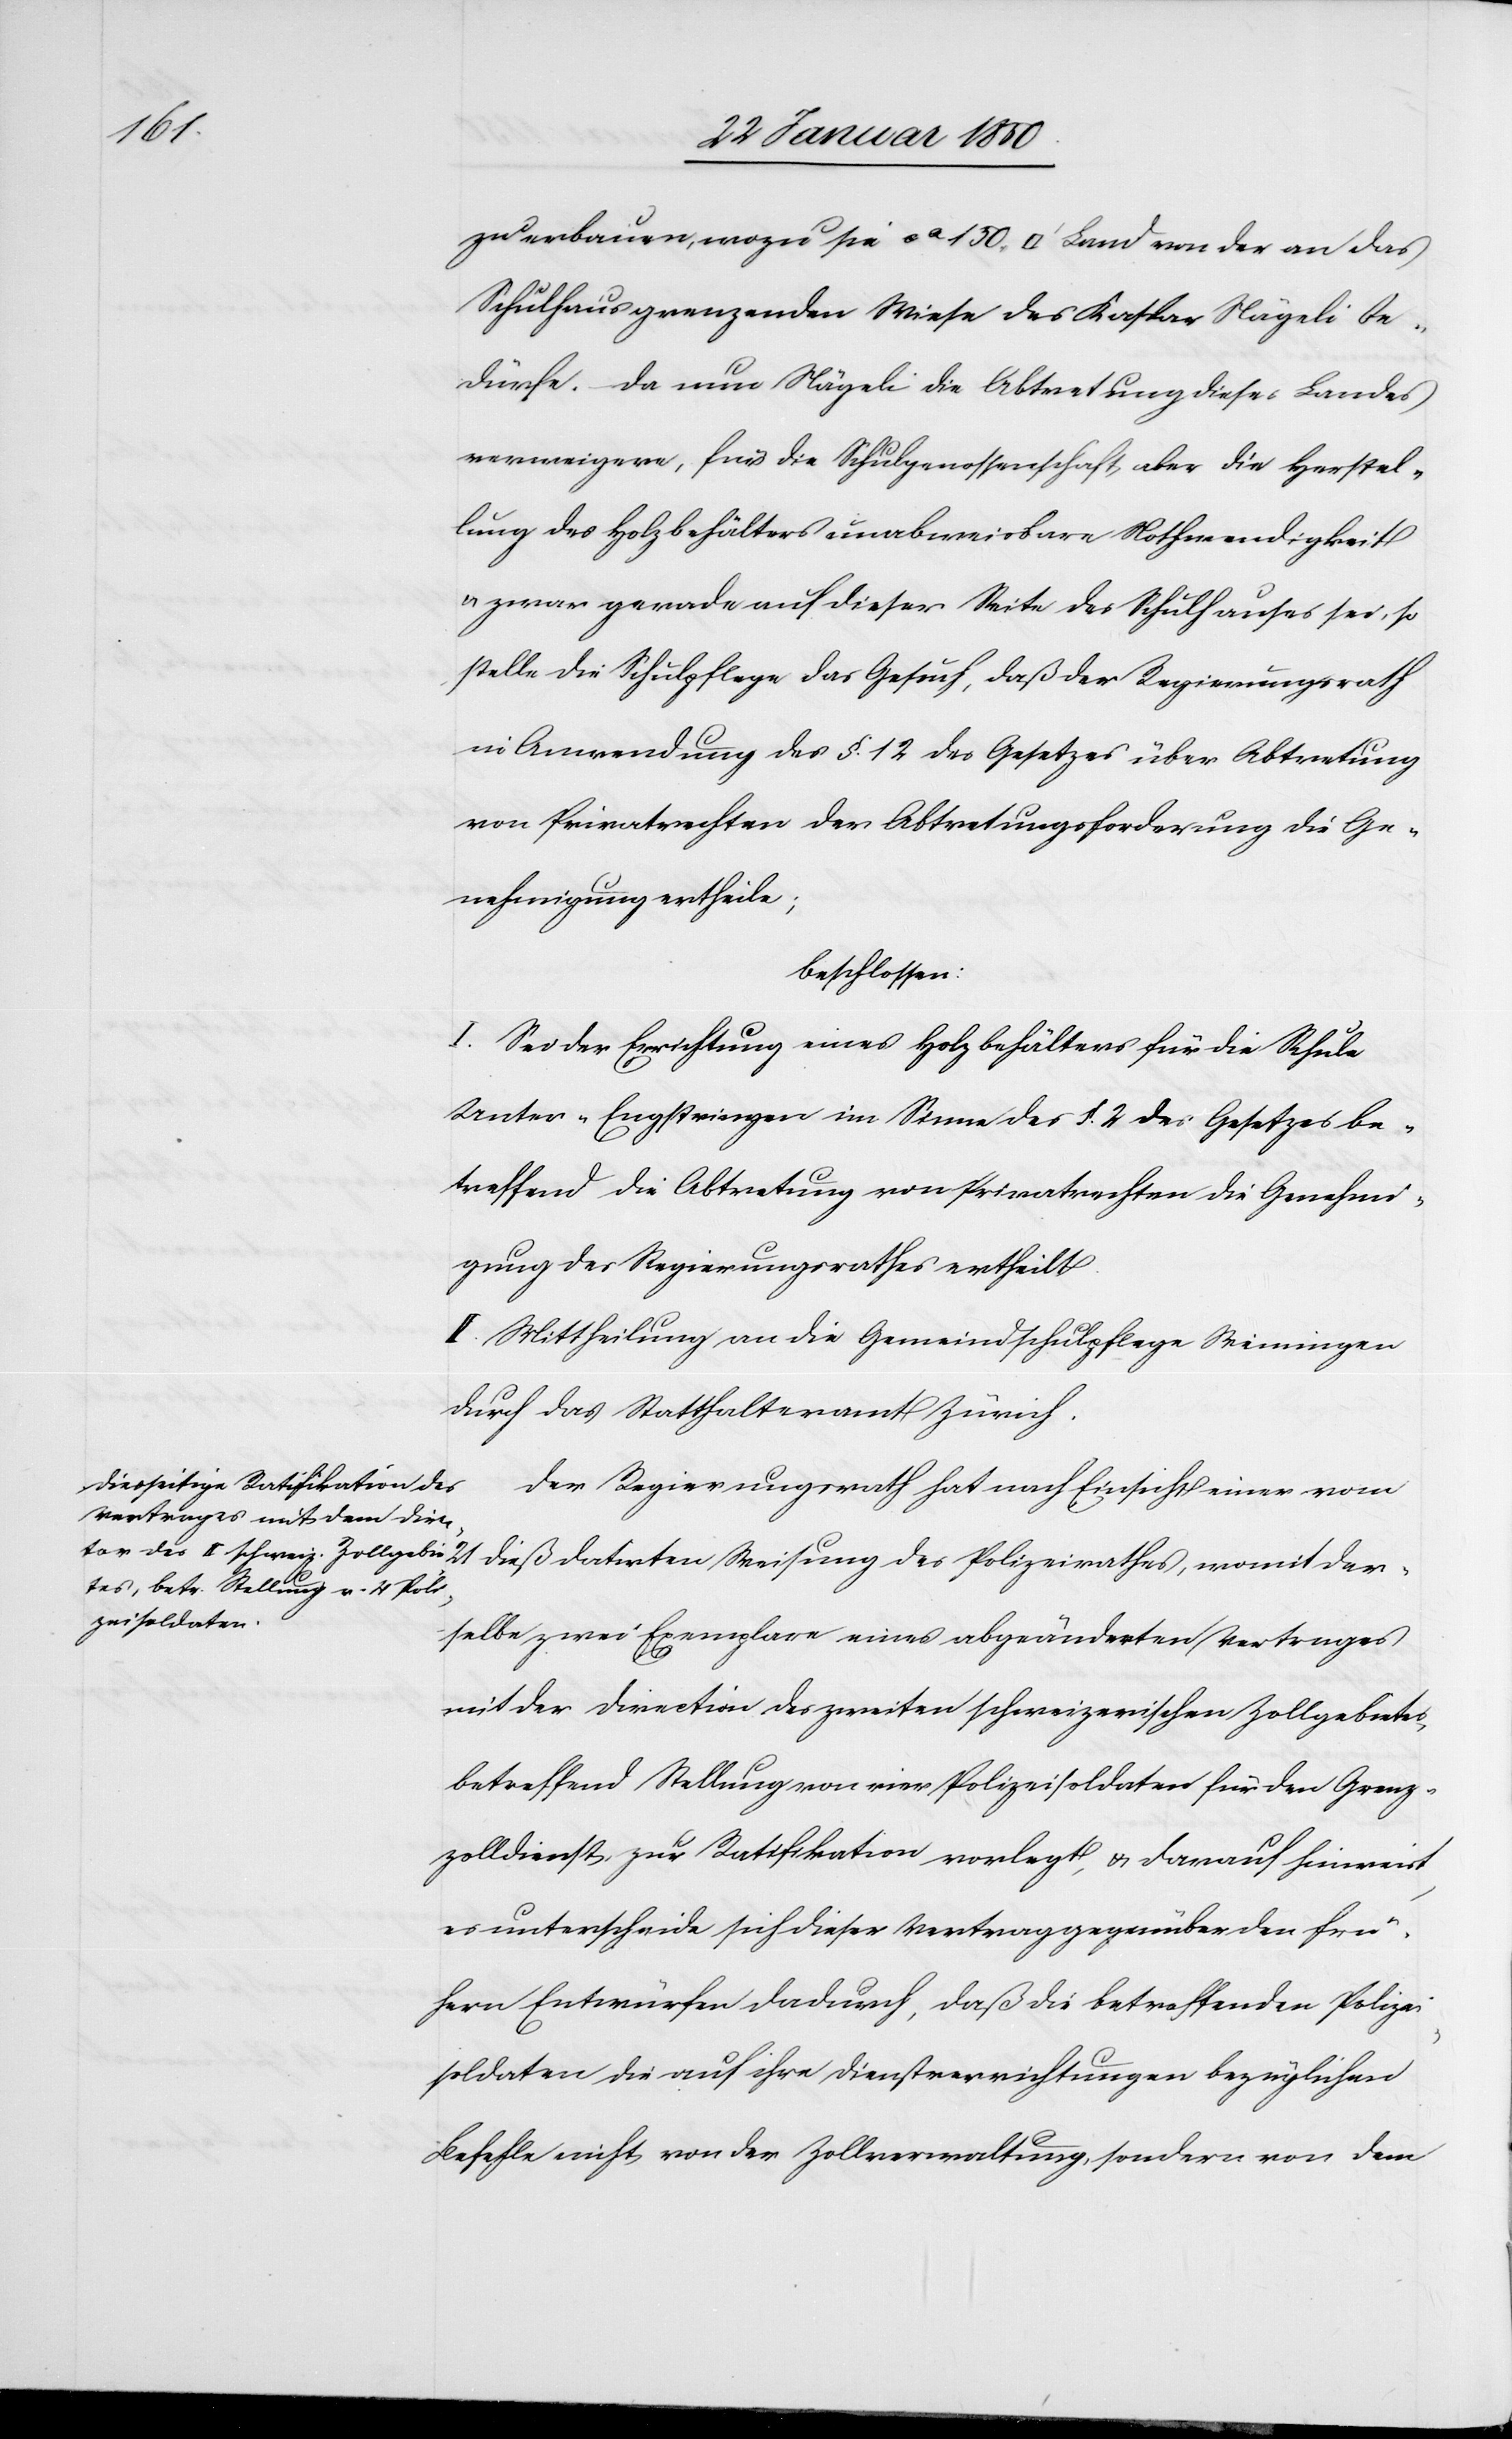
der¬

zu erbauen, wozu sie ca 150 [Quadratfuss] Land von der an das
Schulhaus grenzenden Wiese des Kaspar Nägeli be¬
dürfe. Da nun Nägeli die Abtretung dieses Landes
verweigere, für die Schulgenossenschaft, aber die Herstel¬
lung des Holzbehälters unabweisbare Nothwendigkeit
u. zwar gerade auf dieser Seite des Schulhauses sei, so
stelle die Schulpflege das Gesuch, daß der Regierungsrath
in Anwendung des §. 12 des Gesetzes über Abtretung
von Privatrechten der Abtretungsforderung die Ge¬
nehmigung ertheile;
beschlossen:
I. Sei der Errichtung eines Holzbehälters für die Schule
Unter-Engstringen im Sinne des §. 2 des Gesetzes be¬
treffend die Abtretung von Privatrechten die Genehmi¬
gung des Regierungsrathes ertheilt.
II. Mittheilung an die Gemeindschulpflege Weiningen
durch das Statthalteramt Zürich.
Der Regierungsrath hat nach Einsicht einer vom
selbe zwei Exemplare eines abgeänderten Vertrages
mit der Direction des zweiten schweizerischen Zollgebietes
betreffend Stellung von vier Polizeisoldaten für den Grenz¬
zolldienst, zur Ratifikation vorlegt, u. darauf hinweist,
es unterscheide sich dieser Vertrag gegenüber den frü¬
hern Entwürfen dadurch, daß die betreffenden Polizei¬
soldaten die auf ihre Dienstverrichtungen bezüglichen
Befehle nicht von der Zollverwaltung, sondern von dem